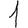
Digit: 1